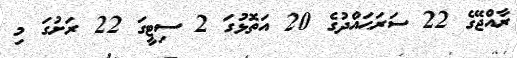
ރާއްޖޭގެ 22 ސަރަޙައްދުގެ 20 އަތޮޅުގަ 2 ސިޓީގަ 22 ރަށުގަ މި